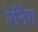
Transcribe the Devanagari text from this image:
रेनिंग